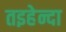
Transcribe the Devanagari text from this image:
तइहेन्दा